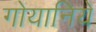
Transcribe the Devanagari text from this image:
गोयानिये